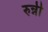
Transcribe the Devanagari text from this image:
रुन्नी